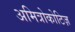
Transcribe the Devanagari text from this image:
अमित्रोकोटिज़